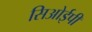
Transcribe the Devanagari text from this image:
सिओईपी